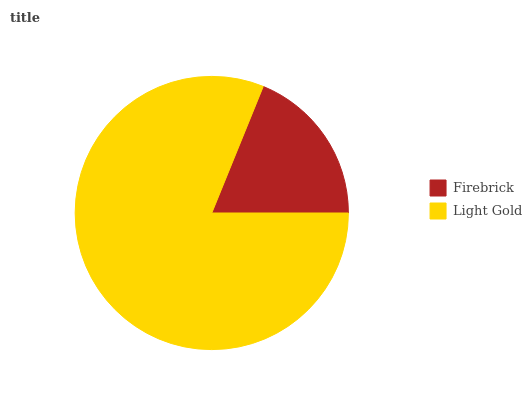
| Firebrick | Light Gold |
 | --- | --- |
 | 18.8% | 81.2% |